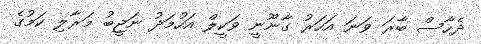
ދެހާސް ބާރަ ވަނަ އަހަރު ގާނޫނީ ވަކީލް އަހުމަދު ނަޖީބު މަރާލި ކަމުގެ